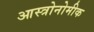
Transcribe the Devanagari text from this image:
आस्त्रोनोमीक